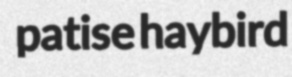
patise haybird